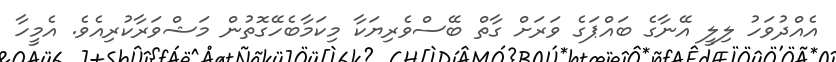
އެއްދުވަހު ލިލީ އޭނާގެ ބައްޕަގެ ވަރަށް ގާތް ބޭސްވެރިޔަކާ މިކަމާބެހޭގޮތުން މަޝްވަރާކުރިއެވެ. އެމީހާ